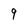
Character: q